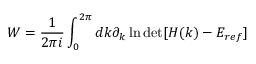
W = \frac { 1 } { 2 \pi i } \int _ { 0 } ^ { 2 \pi } d k \partial _ { k } \ln \operatorname* { d e t } [ H ( k ) - E _ { r e f } ]